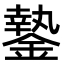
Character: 䥍